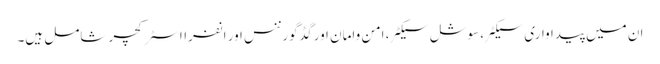
ان میں پیداواری سیکٹر، سوشل سیکٹر، امن وامان اور گڈ گورننس اور انفرااسٹرکچر شامل ہیں۔